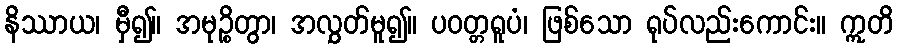
နိဿာယ၊ မှီ၍။ အမုဉ္စိတွာ၊ အလွှတ်မူ၍။ ပဝတ္တရူပံ၊ ဖြစ်သော ရုပ်လည်းကောင်း။ ဣတိ